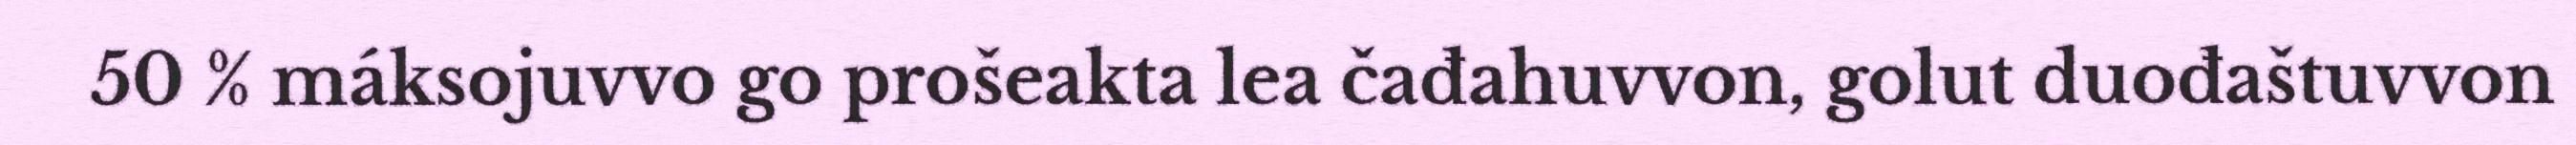
50 % máksojuvvo go prošeakta lea čađahuvvon, golut duođaštuvvon